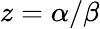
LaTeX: z=\alpha/\beta